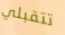
تتقبلي